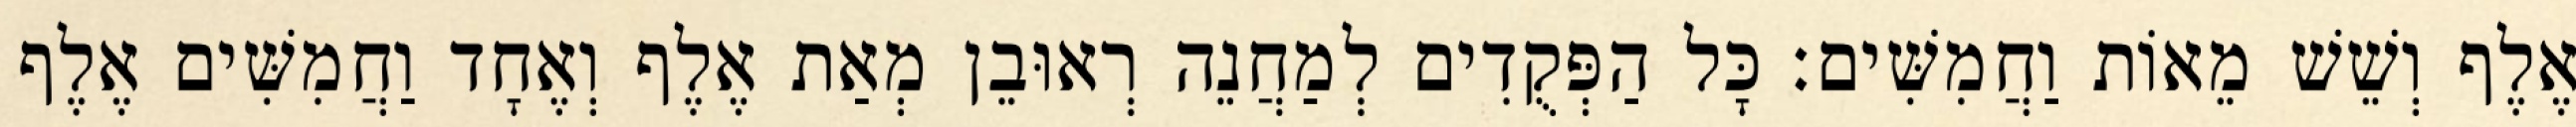
אֶלֶף וְשֵׁשׁ מֵאוֹת וַחֲמִשִּׁים׃ כָּל הַפְּקֻדִים לְמַחֲנֵה רְאוּבֵן מְאַת אֶלֶף וְאֶחָד וַחֲמִשִּׁים אֶלֶף